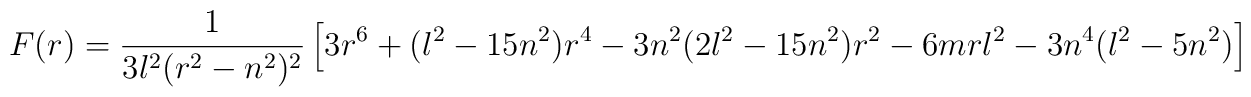
F(r)={1 \over    3l^2(r^2-n^2)^2}\left[3r^6+(l^2-15n^2)r^4-3n^2(2l^2-15n^2)r^2-6mrl^2-3n^4(l^2-5n    ^2)\right]